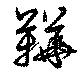
鞾